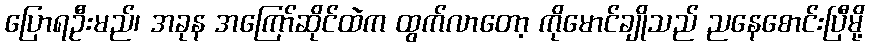
ပြောရဦးမည်၊ အခုန အကြော်ဆိုင်ထဲက ထွက်လာတော့ ကိုမောင်ချိုသည် ညနေစောင်းပြီမို့